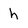
Character: h